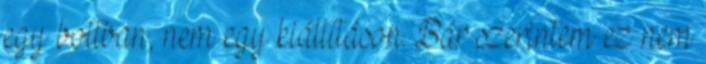
egy boltban, nem egy kiállításon. Bár szerintem ez nem